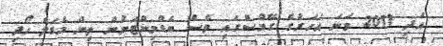
އަދި 2011 ވަނަ އަހަރުގެ ގޭމްސްގައި ވެސް ބެޑްމިންޓަނުން ތިން މެޑަލް ހޯދި